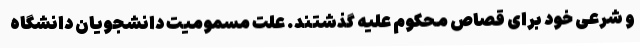
و شرعی خود برای قصاص محکوم علیه گذشتند. علت مسمومیت دانشجویان دانشگاه